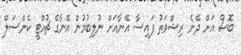
ބޮސް އަށް ދޭނެ ރިޝްވަތު ފައިސާ އޭނާއަށް ނުލިބުމުން އޭނާގެ ޗުއްޓީ ކެންސަލް